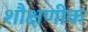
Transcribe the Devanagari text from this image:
शौक्षणीक